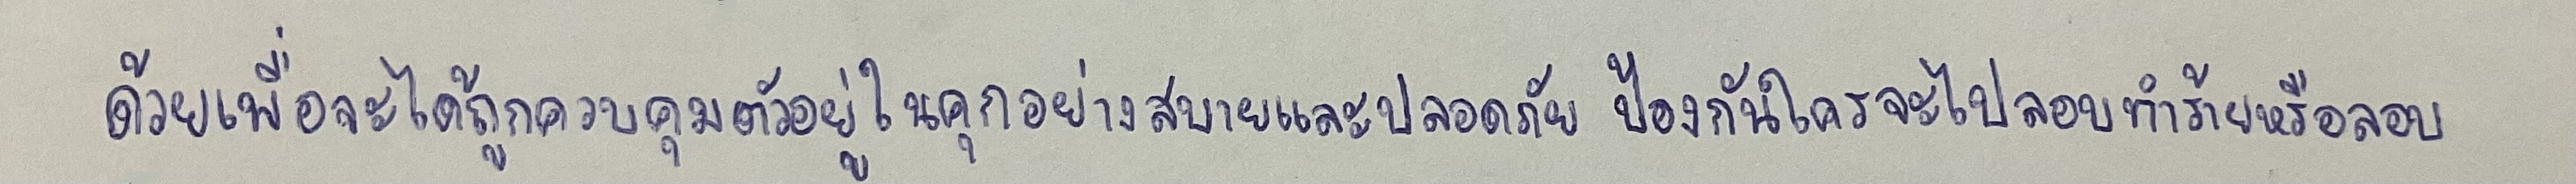
ด้วยเพื่อจะได้ถูกควบคุมตัวอยู่ในคุกอย่างสบายและปลอดภัยป้องกันใครจะไปลอบทำร้ายหรือลอบ